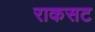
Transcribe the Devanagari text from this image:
राकसट